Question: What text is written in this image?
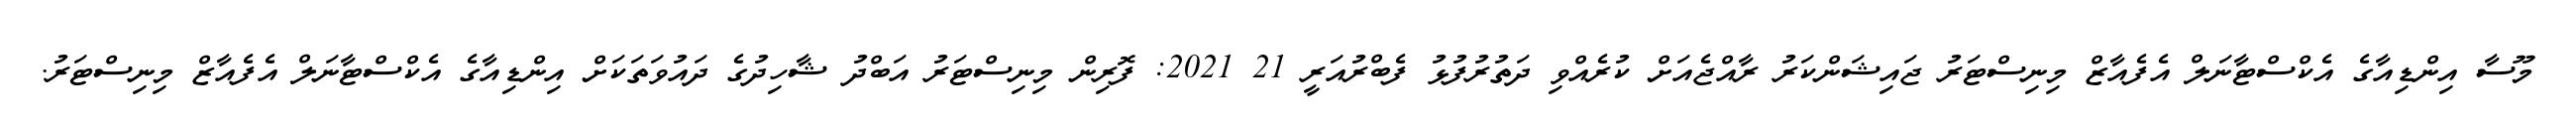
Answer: މޫސާ އިންޑިއާގެ އެކްސްޓާނަލް އެފެއާޒް މިނިސްޓަރު ޖައިޝަންކަރު ރާއްޖެއަށް ކުރެއްވި ދަތުރުފުޅު ފެބްރުއަރީ 21 2021: ފޮރިން މިނިސްޓަރު އަބްދު ޝާހިދުގެ ދައުވަތަކަށް އިންޑިއާގެ އެކްސްޓާނަލް އެފެއާޒް މިނިސްޓަރު.